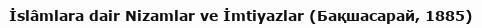
İslâmlara dair Nizamlar ve İmtiyazlar (Бақшасарай, 1885)